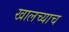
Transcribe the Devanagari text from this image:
खालच्याच